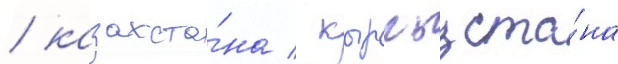
/ казахста́на / кыргызста́на